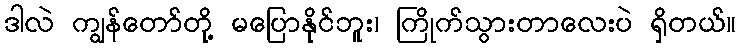
ဒါလဲ ကျွန်တော်တို့ မပြောနိုင်ဘူး၊ ကြိုက်သွားတာလေးပဲ ရှိတယ်။